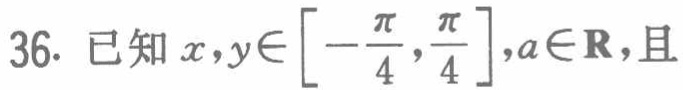
36. 已知\(x,y\in\left[-\frac{\pi}{4},\frac{\pi}{4}\right],a\in\mathbf{R}\)，且